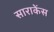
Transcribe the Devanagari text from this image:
साराकेंस